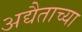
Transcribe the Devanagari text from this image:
अद्यैताच्या